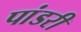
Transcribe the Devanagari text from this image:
पांडरी